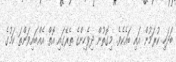
ބަދަހި ކުރަމުން އައި ބައެކެވެ. މިގޮތުން ދިވެހިންގެ ތެރޭގައި އޮތް އެއްބައިވަންތަ ކަމުގެ